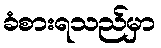
ခံစားရသည်မှာ